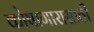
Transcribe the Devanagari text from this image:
कोषागारासाठी